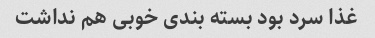
غذا سرد بود بسته بندی خوبی هم نداشت